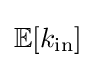
{\textstyle \mathbb {E} [k_{\text{in}}]}